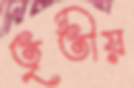
তৃতীয়